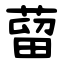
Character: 蒥